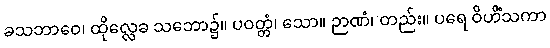
ခသဘာဝေ၊ ထိုလ္လေခ သဘော၌။ ပဝတ္တံ၊ သော။ ဉာဏံ၊ တည်း။ ပရေ ဝိဟိံသကာ